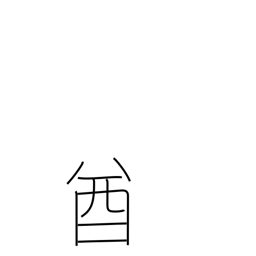
Meaning: chieftain